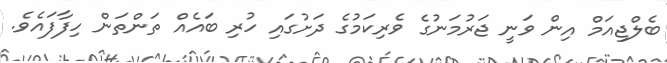
ބެލްޖިއަމް އިން ވަނީ ޖަރުމަނުގެ ވެރިކަމުގެ ދަށުގައި ހުރި ބައެއް ތަންތަން ހިފާފައެވެ.